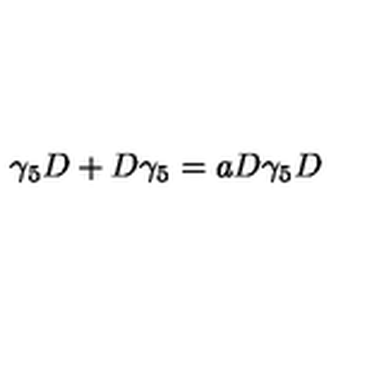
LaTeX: \gamma _ { 5 } D + D \gamma _ { 5 } = a D \gamma _ { 5 } D